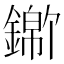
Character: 𬬃